Report on lock hospitals in British Burma
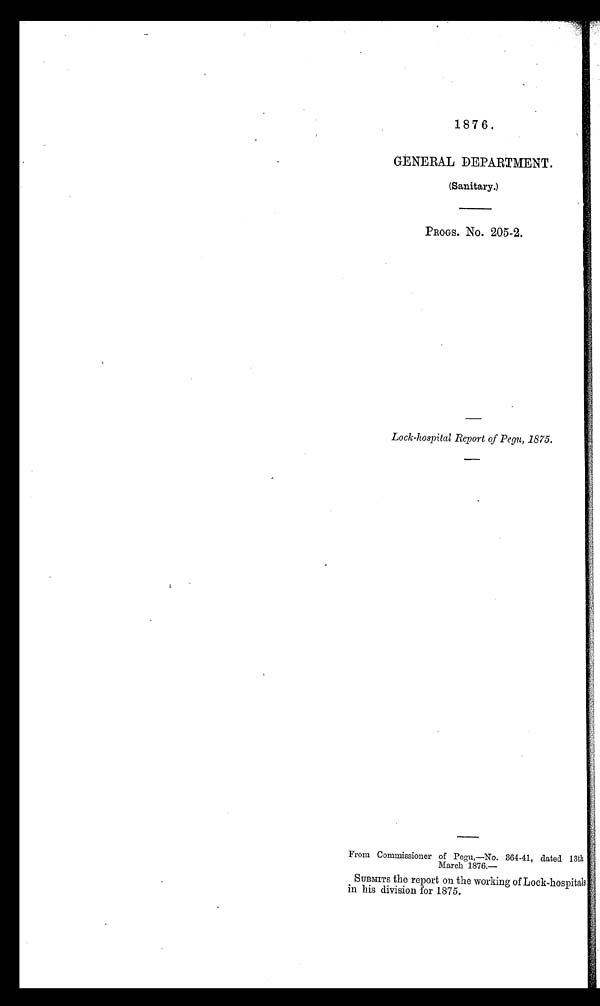
187 6 .
GENERAL DEPARTMENT.
(Sanitary.)
PROGS. No. 205-2.
Lock-hospital Report of Pegu, 1875.
From Commissioner of Pegu,—No. 364-41, dated 13th
March 1876.—
SUBMITS the report on the working of Lock-hospital s
in his division for 1875.